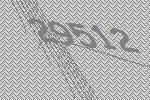
29512